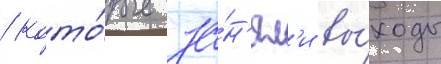
/ кото́рые за́н'ял'и вы́ходы